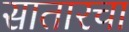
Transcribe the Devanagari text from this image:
सातारचा